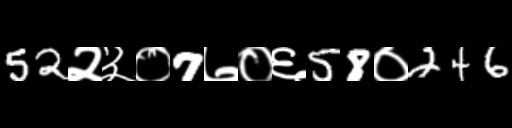
Text: 52२३०7७०६58०246